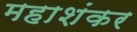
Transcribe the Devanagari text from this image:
महाशंकर